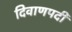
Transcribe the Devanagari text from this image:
दिवाणपदी